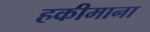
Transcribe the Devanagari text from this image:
हकीमाना